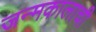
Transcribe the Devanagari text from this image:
जन्मकालाची